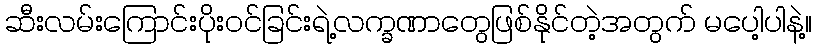
ဆီးလမ်းကြောင်းပိုးဝင်ခြင်းရဲ့လက္ခဏာတွေဖြစ်နိုင်တဲ့အတွက် မပေါ့ပါနဲ့။